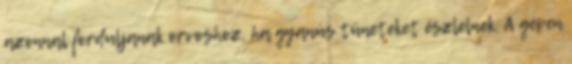
azonnal forduljanak orvoshoz, ha gyanús tüneteket észlelnek. A gépen